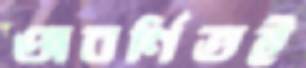
অবর্ণিতই